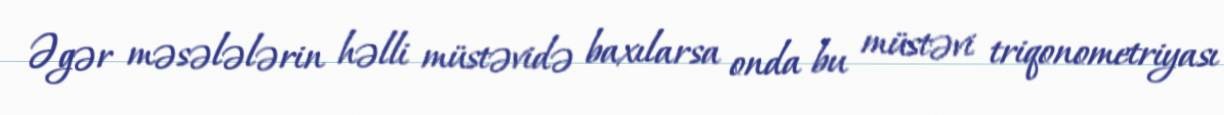
Əgər məsələlərin həlli müstəvidə baxılarsa onda bu müstəvi triqonometriyası